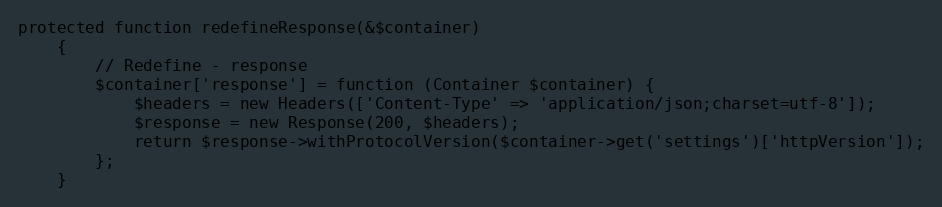
Language: PHP
protected function redefineResponse(&$container)
    {
        // Redefine - response
        $container['response'] = function (Container $container) {
            $headers = new Headers(['Content-Type' => 'application/json;charset=utf-8']);
            $response = new Response(200, $headers);
            return $response->withProtocolVersion($container->get('settings')['httpVersion']);
        };
    }